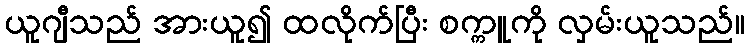
ယူဂျီသည် အားယူ၍ ထလိုက်ပြီး စက္ကူကို လှမ်းယူသည်။